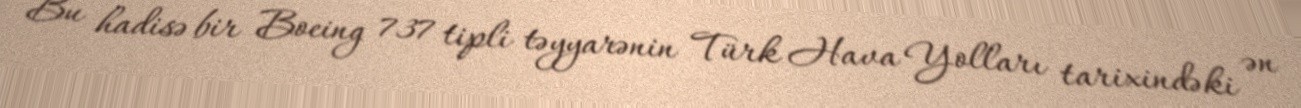
Bu hadisə bir Boeing 737 tipli təyyarənin Türk Hava Yolları tarixindəki ən